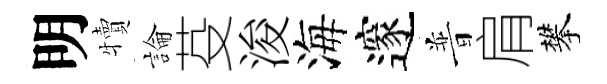
明犢論芟浚海邃普肩攀